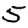
Digit: 5